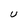
Character: U